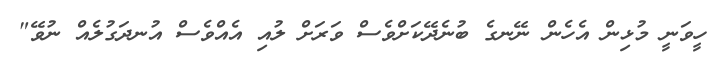
ހީވަނީ މުޅިން އެހެން ނޭނގެ ބުނެދޭކަށްވެސް ވަރަށް ލުއި އެއްވެސް އުނދަގުލެއް ނުވޭ"